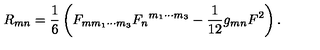
R _ { m n } = \frac { 1 } { 6 } \left( F _ { m m _ { 1 } \cdots m _ { 3 } } { F _ { n } } ^ { m _ { 1 } \cdots m _ { 3 } } - \frac { 1 } { 1 2 } g _ { m n } F ^ { 2 } \right) .